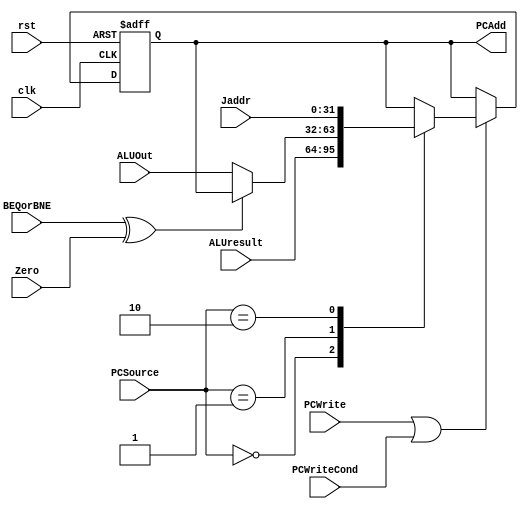
`timescale 1ns / 1ps
//////////////////////////////////////////////////////////////////////////////////
// Company: 
// Engineer: 
// 
// Design Name: 
// Module Name: PC
// Project Name: 
// Target Devices: 
// Tool Versions: 
// Description: 
// 
// Dependencies: 
// 
// Revision:
// Revision 0.01 - File Created
// Additional Comments:
// 
//////////////////////////////////////////////////////////////////////////////////


module PC(  
    input clk,rst,Zero,
    input PCWriteCond,PCWrite,BEQorBNE,
    input [1:0] PCSource,
    input [31:0] ALUresult,ALUOut,Jaddr,
    output reg[31:0] PCAdd  
);
    wire PCctrl;
    assign PCctrl = PCWrite | PCWriteCond;
    
    always @ (posedge clk or posedge rst)
    begin
        if (rst)
            PCAdd <= 0;
        else if (PCctrl)
        begin
            case (PCSource)
                2'b00: PCAdd <= ALUresult;
                2'b01:
                begin
                    if (BEQorBNE^Zero) PCAdd <= PCAdd;//branch
                    else PCAdd <= ALUOut;
                end
                2'b10: PCAdd <= Jaddr;//J
                default: PCAdd <= PCAdd;
            endcase
        end
        else PCAdd <= PCAdd;
    end
endmodule